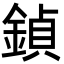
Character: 鍞